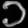
Digit: ၁